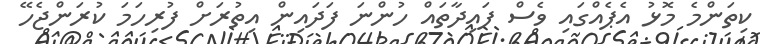
ކިތަންމެ މޮޅު އެޕެއްގައި ވެސް ފައިދާތައް ހުންނަ ފަދައިން އިތުރަށް ފުރިހަމަ ކުރަންޖެހޭ